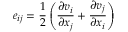
e _ { i j } = { \frac { 1 } { 2 } } \left( { \frac { \partial v _ { i } } { \partial x _ { j } } } + { \frac { \partial v _ { j } } { \partial x _ { i } } } \right)